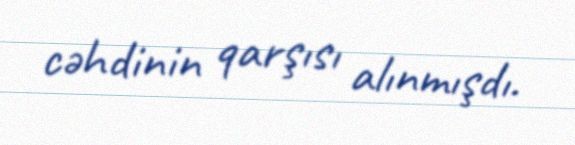
cəhdinin qarşısı alınmışdı.